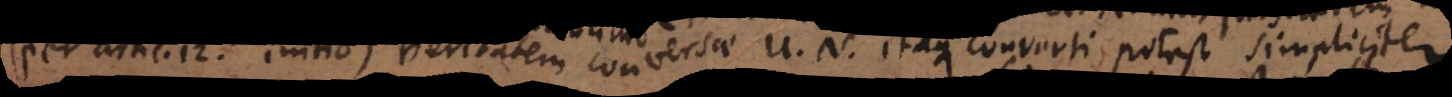
(per artic. 12. initio) veritatem conversae U. N. itaque converti potest simpliciter.